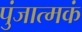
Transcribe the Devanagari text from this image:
पुंजात्मकं